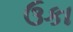
ઉકા